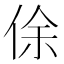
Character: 俆